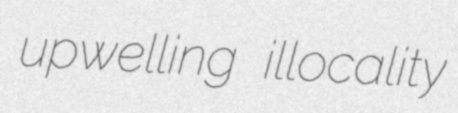
upwelling illocality